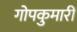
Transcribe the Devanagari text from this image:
गोपकुमारी